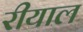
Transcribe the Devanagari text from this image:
रीयाल